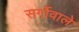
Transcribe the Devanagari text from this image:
सर्गोवाले